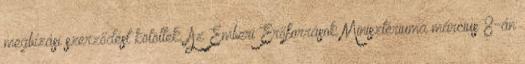
megbízási szerződést kötöttek. Az Emberi Erőforrások Minisztériuma március 8-án